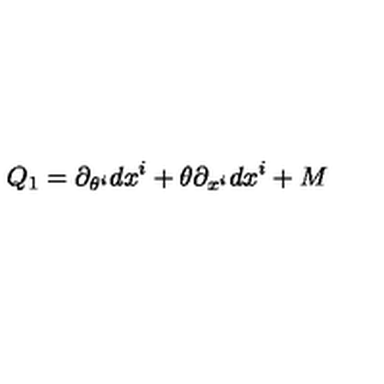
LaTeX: Q _ { 1 } = \partial _ { \theta ^ { i } } d x ^ { i } + \theta \partial _ { x ^ { i } } d x ^ { i } + M